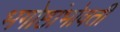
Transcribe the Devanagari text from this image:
भगोष्ठांभोवती